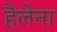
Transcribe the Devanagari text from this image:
हैलेना